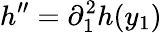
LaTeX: h^{\prime\prime}=\partial_{1}^{2}h(y_{1})